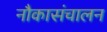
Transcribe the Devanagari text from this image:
नौकासंचालन